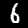
Label: 6